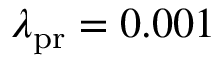
\lambda _ { \mathrm { p r } } = 0 . 0 0 1